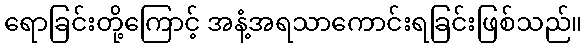
ရောခြင်းတို့ကြောင့် အနံ့အရသာကောင်းရခြင်းဖြစ်သည်။